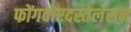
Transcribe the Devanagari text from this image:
फोंगवोरदस्तेलेसन